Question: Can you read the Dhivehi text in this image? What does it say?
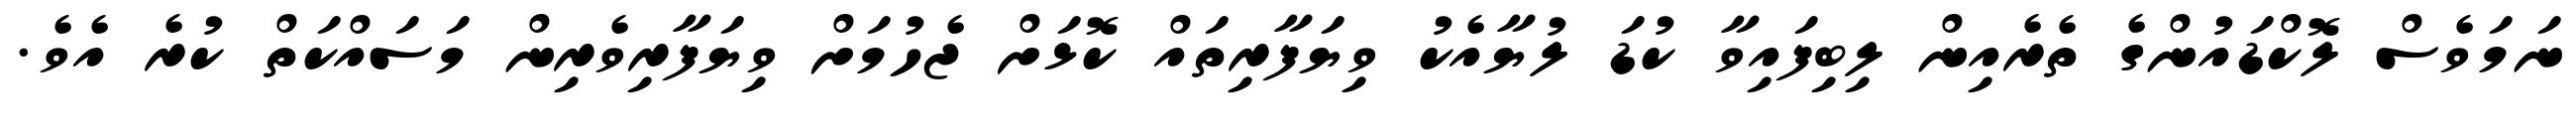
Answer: ނަމަވެސް ލޮކްޑައުންގެ ތެރެއިން ލިބިފައިވާ ކުޑަ ލުޔާއެކު ވިޔަފާރިތައް ކޮޅަށް ޖެހުމަށް ވިޔަފާރިވެރިން މަސައްކަތް ކުރެ އެވެ.